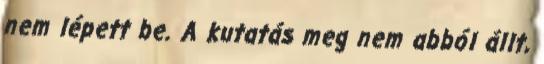
nem lépett be. A kutatás meg nem abból állt,